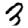
Digit: 3